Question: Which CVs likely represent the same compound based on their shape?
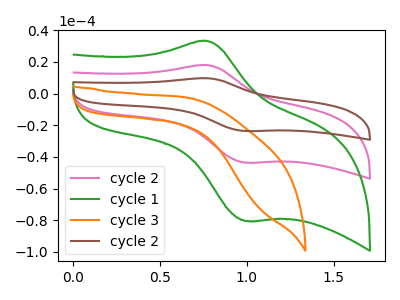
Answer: <think>The pink curve "cycle 2" has an anodic peak at (0.75V, 18.00uA) and a cathodic peak at (1.00V, -43.55uA). The green curve "cycle 1" has an anodic peak at (0.75V, 33.25uA) and a cathodic peak at (1.00V, -80.45uA). The orange curve "cycle 3" has no peaks. The brown curve "cycle 2" has an anodic peak at (0.75V, 36.05uA) and a cathodic peak at (1.00V, -87.15uA).
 All the peaks in "cycle 2" have a peak in "cycle 1" at the same potential. Every peak in "cycle 2" is lower than every peak in "cycle 1". "cycle 2" and "cycle 3" have a different number of peaks. All the peaks in "cycle 2" have a peak in "cycle 2" at the same potential. Every peak in "cycle 2" is lower than every peak in "cycle 2". "cycle 1" and "cycle 3" have a different number of peaks. All the peaks in "cycle 1" have a peak in "cycle 2" at the same potential. Every peak in "cycle 1" is lower than every peak in "cycle 2". "cycle 3" and "cycle 2" have a different number of peaks.</think>
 <answer>"cycle 1", "cycle 2" and "cycle 2" have the same shape and are likely CV's of the same chemical.</answer>
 <eval>"cycle 1" "cycle 2" "cycle 2"</eval>